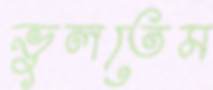
ভুলতেম